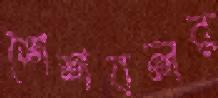
শৈশবলব্ধ